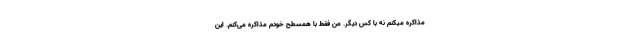
مذاکره میکنم نه با کس دیگر. من فقط با همسطح خودم مذاکره می‌کنم. این